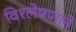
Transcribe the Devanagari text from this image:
विश्लेषणाने